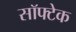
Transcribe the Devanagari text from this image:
सॉफ्टेक